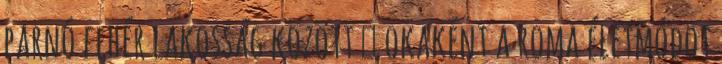
parnó fehér lakosság között  okaként a roma életmódot